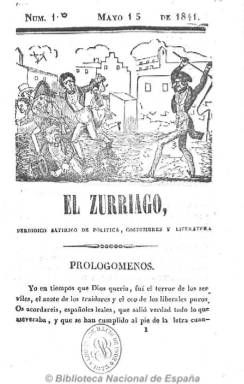
Título: El Zurriago (Madrid. 1841)
Colección: Periódicos anteriores a 1850
Ámbito geográfico: Madrid
Lugar de publicación: Madrid
Fechas: 15/05/1841-15/06/1841

Reaparición del periódico que durante el Trienio Liberal (1820-1823) se convirtió en el baluarte de la exaltación del liberalismo español, como creador de un nuevo estilo periodístico, moderno, crítico y de investigación de la corrupción política. Lo vuelve a sacar Félix Mejía (1778-1853), al regresar de Cuba a donde había emigrado en 1838, y que subtitulará como “periódico satírico de política, costumbres y literatura”, en cuyos prolegómenos recordará que había sido “el terror de los serviles, el azote de los traidores y el eco de los liberales puros”.

Comienza a publicarlo el 15 de mayo de 1841, al inicio del trienio de la regencia del general Baldomero Espartero (1840-1843), declarándose su autor un convincente liberal progresista, y haciéndolo aparecer los martes y viernes en números de dieciséis páginas. En su cabecera estampará un grabado en el que se fustiga a los corruptos e insertará en cada número otro satírico a doble página. Sus textos son artículos de crítica de los entresijos de la política de esos momentos, aderezados también con elementos doctrinales.

Se considera como continuador de El zurriagazo, que había sido editado en Cádiz como continuador a su vez del influyente y combativo El zurriago madrileño, pero en esta ocasión su vida será corta, pues Mejía tendrá que regresar a América para atender los negocios que había emprendido allí. En total publica ahora diez números, hasta el 15 de junio de 1841, formando un tomo de 160 páginas, en donde aparece como editor responsable T. González, y con imprenta propia.